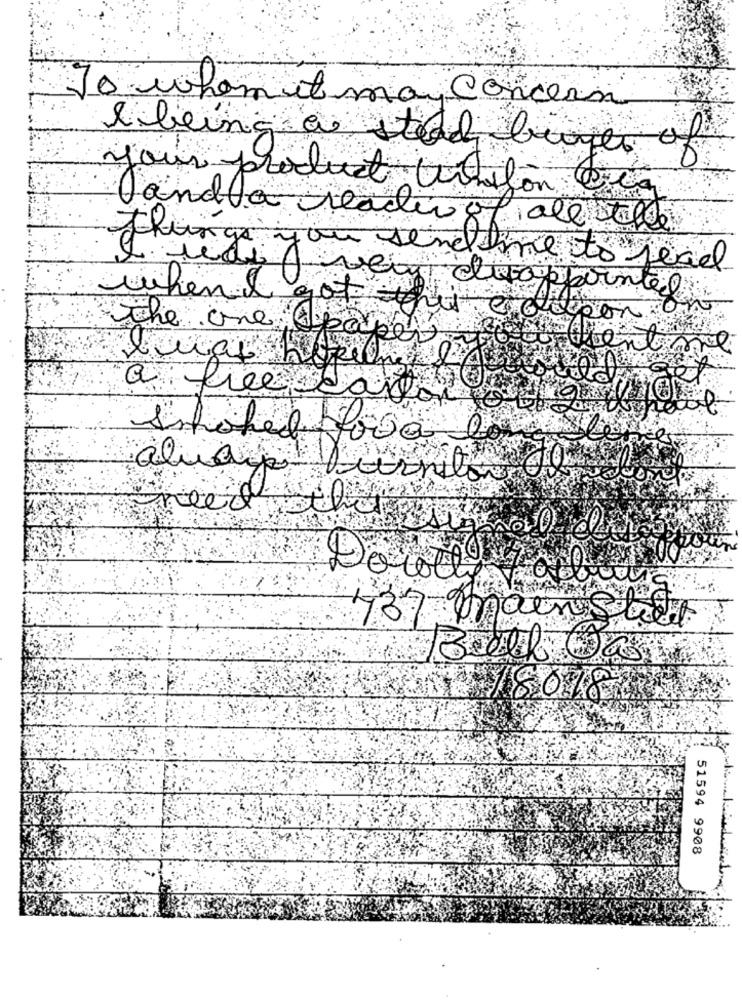
To whom it may Concern
I being a stead layer of
your product triton
for Cca
landla
a reader of all the
Things you sendtime to read
very disappointed
whenI got
the one ( paper
ancient me
a free
Snhoped ova
almaya
need this
Doroll
737 main Stret
51594 9908